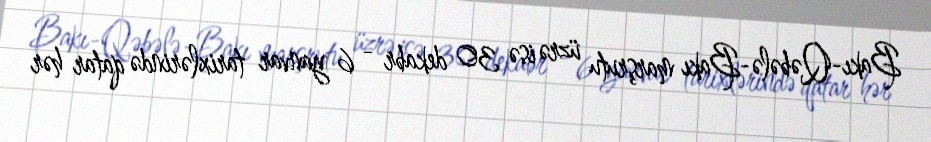
Bakı-Qəbələ-Bakı marşrutu üzrə isə 30 dekabr - 6 yanvar tarixlərində qatar hər